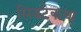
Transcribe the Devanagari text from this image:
सिद्धटेकचा